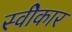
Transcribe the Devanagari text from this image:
स्वीेकार